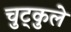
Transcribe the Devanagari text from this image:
चुट्कुले